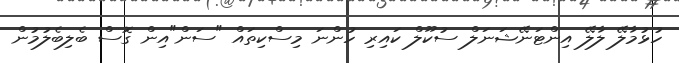
ހުޅުމާލޭ ލާލޭ އިންޓަނޭޝަނަލް ސުކޫލް ކައިރި ހުންނަ މިސްކިތައް "ސަން"އިން ގޮސް ބެލިބެލުމުން